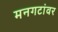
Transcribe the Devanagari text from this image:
मनगटांवर